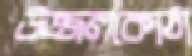
উজ্জলকোঠা